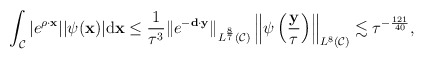
\begin{align*} \begin{aligned} \int_{\mathcal C}\vert e^{\rho\cdot \mathbf x}\vert\vert \psi(\mathbf x)\vert\mathrm d\mathbf x \leq\frac{1}{\tau^3}\|e^{-\mathbf d\cdot \mathbf y}\|_{L^{\frac{8}{7}}(\mathcal C)}\left \|\psi\left (\frac{\mathbf y}{\tau}\right )\right \|_{L^8(\mathcal C)} \lesssim \tau^{-\frac{121}{40}}, \end{aligned} \end{align*}